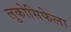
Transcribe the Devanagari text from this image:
लुकोसिफेला